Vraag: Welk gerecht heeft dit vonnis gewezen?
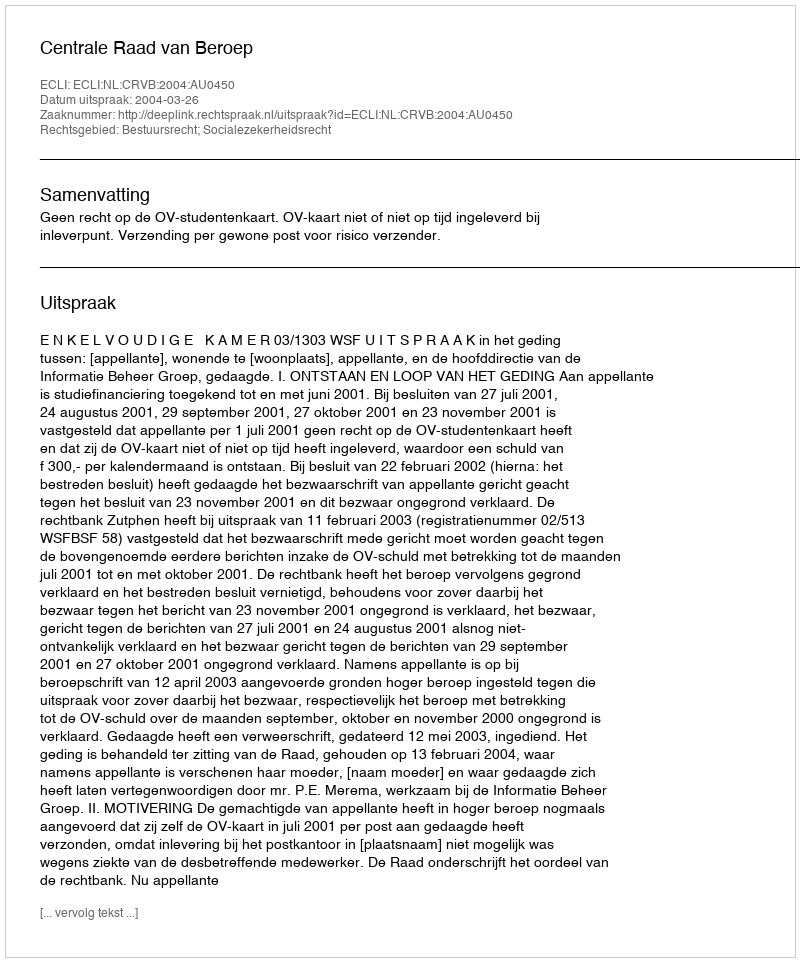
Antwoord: Centrale Raad van Beroep